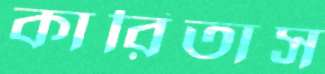
কারিতাস